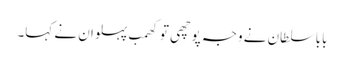
بابا سلطان نے وجہ پوچھی تو کھمب پہلوان نے کہا۔